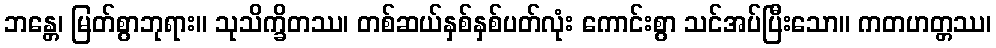
ဘန္တေ၊ မြတ်စွာဘုရား။ သုသိက္ခိတဿ၊ တစ်ဆယ်နှစ်နှစ်ပတ်လုံး ကောင်းစွာ သင်အပ်ပြီးသော။ ကတဟတ္တဿ၊